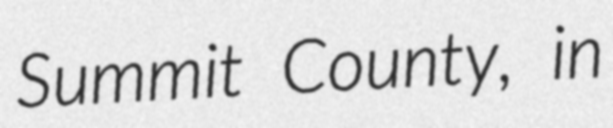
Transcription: Summit County, in